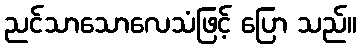
ညင်သာသောလေသံဖြင့် ပြော သည်။